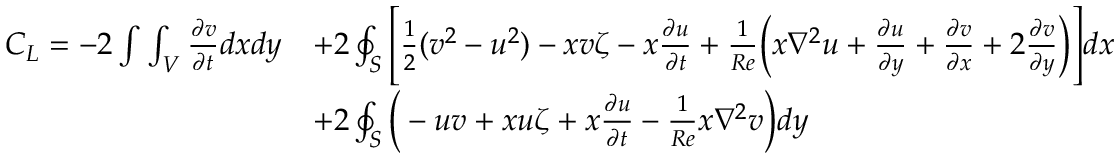
\begin{array} { r l } { C _ { L } = - 2 \int \int _ { V } \frac { \partial v } { \partial t } d x d y } & { + 2 \oint _ { S } \Bigg [ \frac { 1 } { 2 } ( v ^ { 2 } - u ^ { 2 } ) - x v \zeta - x \frac { \partial u } { \partial t } + \frac { 1 } { R e } \Big ( x \nabla ^ { 2 } u + \frac { \partial u } { \partial y } + \frac { \partial v } { \partial x } + 2 \frac { \partial v } { \partial y } \Big ) \Bigg ] d x } \\ & { + 2 \oint _ { S } \Big ( - u v + x u \zeta + x \frac { \partial u } { \partial t } - \frac { 1 } { R e } x \nabla ^ { 2 } v \Big ) d y } \end{array}